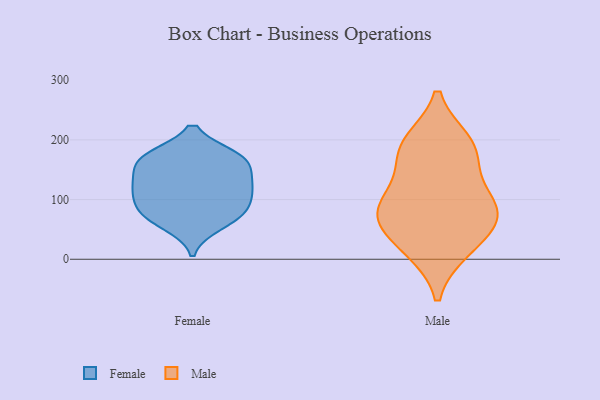
{"axis": {"x": "Temperature (°C)", "y": "Value"}, "legend": ["Female", "Male"], "data": [{"x": "", "y": 168, "type": "Female"}, {"x": "", "y": 131, "type": "Female"}, {"x": "", "y": 111, "type": "Female"}, {"x": "", "y": 77, "type": "Female"}, {"x": "", "y": 58, "type": "Female"}, {"x": "", "y": 167, "type": "Female"}, {"x": "", "y": 171, "type": "Female"}, {"x": "", "y": 167, "type": "Female"}, {"x": "", "y": 83, "type": "Female"}, {"x": "", "y": 122, "type": "Female"}, {"x": "", "y": 78, "type": "Female"}, {"x": "", "y": 121, "type": "Female"}, {"x": "", "y": 16, "type": "Male"}, {"x": "", "y": 86, "type": "Male"}, {"x": "", "y": 65, "type": "Male"}, {"x": "", "y": 196, "type": "Male"}, {"x": "", "y": 74, "type": "Male"}, {"x": "", "y": 21, "type": "Male"}, {"x": "", "y": 74, "type": "Male"}, {"x": "", "y": 191, "type": "Male"}, {"x": "", "y": 141, "type": "Male"}, {"x": "", "y": 98, "type": "Male"}, {"x": "", "y": 183, "type": "Male"}]}